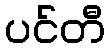
ပင်တီ